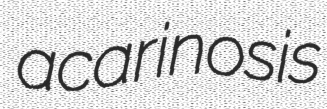
acarinosis